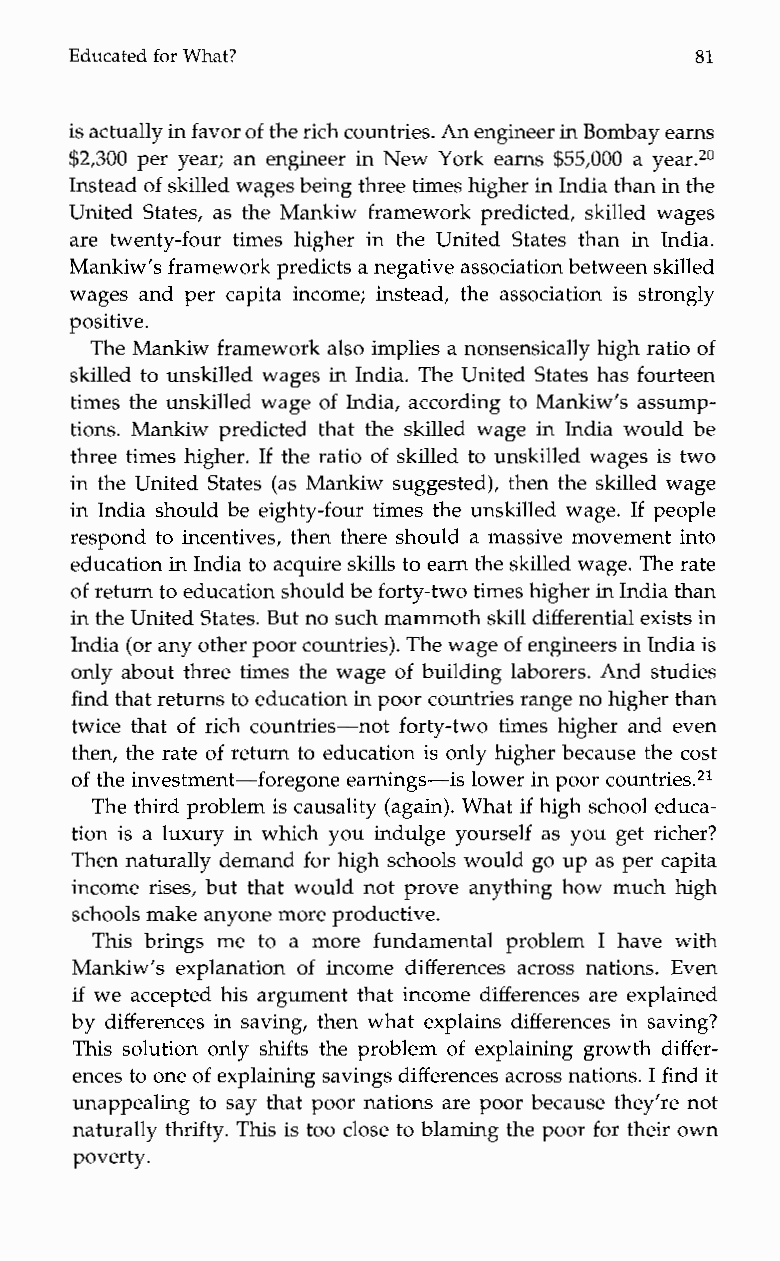
Educated for What?                       81
 is actually infa vor of the rich countries. An engineer in Bombay earns
 $2,300 per year; an engineer in New York earns $55,000 a year.20
 Instead of skilled wages being threet imes higher in Indiat han in the
 United States, as the Mankiw framework predicted, skilled wages
 aret wenty-fourt imesh igheri nt heU nitedS tatest han in India.
 Mankiw’s framework predicts a negativea ssociation between skilled
 wages and per capita income; instead, the association is strongly
 positive.
 The Mankiw framework also implies a nonsensically high ratio of
 skilled to unskilled wages in India. The United States has fourteen
 times the unskilled wage of India, according to Mankiw’s assump-
 tions. Mankiw predicted that the skilled wage in India would be
 three times higher. If the ratio of skilled to unskilled wages is two
 in the United States (as Mankiw suggested), then the skilled wage
 in India should be eighty-four times the unskilled wage. If people
 respond to incentives, then there should a massive movement into
 education in India to acquires kills to earn thes killed wage. The rate
 of return to education shouldbe forty-two times higher in Inditah an
 in theU nited States. But no such mammoth skill differential exists in
 India (or any other poor countriesT).h e wage of engineers in India is
 only about three times the wage of building laborers. And studies
 find that returns to educationin poor countries range no highetrh an
 twice that of rich countries-not forty-two times higher and even
 then, the rate of return to education is only higher because the cost
 of the investment-foregone earnings-is lower in poor countries.21
 The third problem is causality (again). What if high school educa-
 tion is a luxury in which you indulge yourself as you get richer?
 Then naturally demand for high schools would go up as per capita
 income rises, but that would not prove anything how much high
 schools make anyone more productive.
 This brings me to am oref undamentalp roblemI h avew ith
 Mankiw’s explanation of income differences across nations. Even
 if we accepted his argument that income differences are explained
 by differences in saving, then what explains differences in saving?
 This solution only shifts the problem of explaining growth differ-
 ences to one of explaining savings differences across nations. I find it
 unappealing to say that poor nations are poor because they’re not
 naturally thrifty. This is too close to blaming the poor for their own
 poverty.